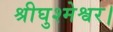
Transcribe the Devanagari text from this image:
श्रीघुश्मेश्वर।